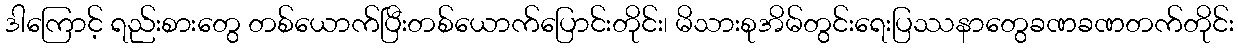
ဒါကြောင့် ရည်းစားတွေ တစ်ယောက်ပြီးတစ်ယောက်ပြောင်းတိုင်း၊ မိသားစုအိမ်တွင်းရေးပြဿနာတွေခဏခဏတက်တိုင်း